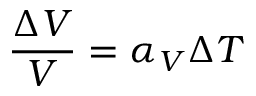
{ \frac { \Delta V } { V } } = \alpha _ { V } \Delta T